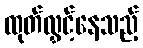
ထုတ်လွှင့်နေသည့်